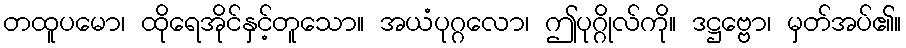
တထူပမော၊ ထိုရေအိုင်နှင့်တူသော။ အယံပုဂ္ဂလော၊ ဤပုဂ္ဂိုလ်ကို။ ဒဋ္ဌဗ္ဗော၊ မှတ်အပ်၏။